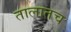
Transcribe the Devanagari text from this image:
तालातच